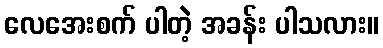
လေအေးစက် ပါတဲ့ အခန်း ပါသလား။